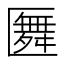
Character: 𠥢